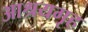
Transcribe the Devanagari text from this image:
आश्रयगृह